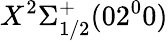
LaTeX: X^{2}\Sigma_{1/2}^{+}(02^{0}0)